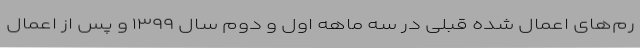
رم‌های اعمال شده قبلی در سه ماهه اول و دوم سال ۱۳۹۹ و پس از اعمال